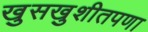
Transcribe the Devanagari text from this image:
खुसखुशीतपणा